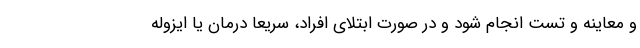
و معاینه و تست انجام شود و در صورت ابتلای افراد، سریعا درمان یا ایزوله